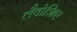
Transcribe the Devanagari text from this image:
लैवोशिए